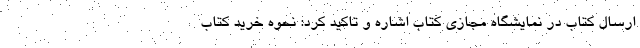
ارسال کتاب در نمایشگاه مجازی کتاب اشاره و تاکید کرد: نحوه خرید کتاب